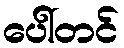
ပေါ်တင်